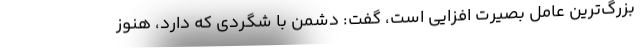
بزرگ‌ترین عامل بصیرت افزایی است، گفت: دشمن با شگردی که دارد، هنوز